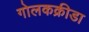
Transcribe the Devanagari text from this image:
गोलकक्रीडा